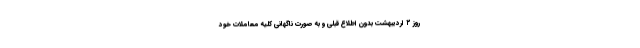
روز ۲ اردیبهشت بدون اطلاع قبلی و به صورت ناگهانی کلیه معاملات خود